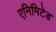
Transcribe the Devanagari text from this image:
एनिमिटेड